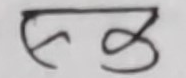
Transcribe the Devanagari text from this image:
स३